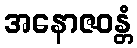
အနောဇဝန္တံ